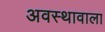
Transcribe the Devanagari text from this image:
अवस्थावाला